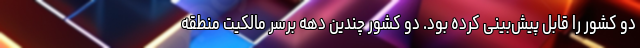
دو کشور را قابل پیش‌بینی کرده بود. دو کشور چندین دهه برسر مالکیت منطقه